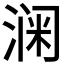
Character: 𮳎